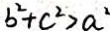
b ^ { 2 } + c ^ { 2 } > a ^ { 2 }